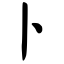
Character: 卜